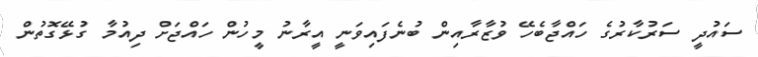
ސައުދީ ސަރުކާރުގެ ހައްޖާބެހޭ ވުޒާރާއިން ބުނެފައިވަނީ އީރާނު މީހުން ހައްޖަށް ދިއުމާ ގުޅޭގޮތުން